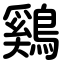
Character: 鷄